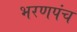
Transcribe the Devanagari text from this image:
भरणपंच